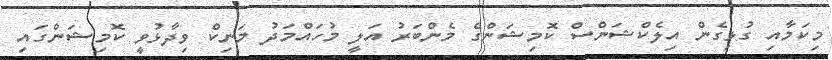
މިކަމާއި ގުޅިގެން އިލެކްޝަންސް ކޮމިޝަންގެ މެންބަރު އަލީ މުހައްމަދު މަނިކް ވިދާޅުވީ ކޮމިޝަންގައި